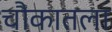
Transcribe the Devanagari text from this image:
चौकातला